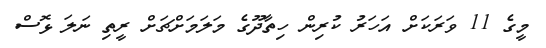
މީގެ 11 ވަރަކަށް އަހަރު ކުރިން ހިތާދޫގެ މަލަމަށްޗަށް ރީތި ނަލަ ޅޮސް